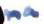
na